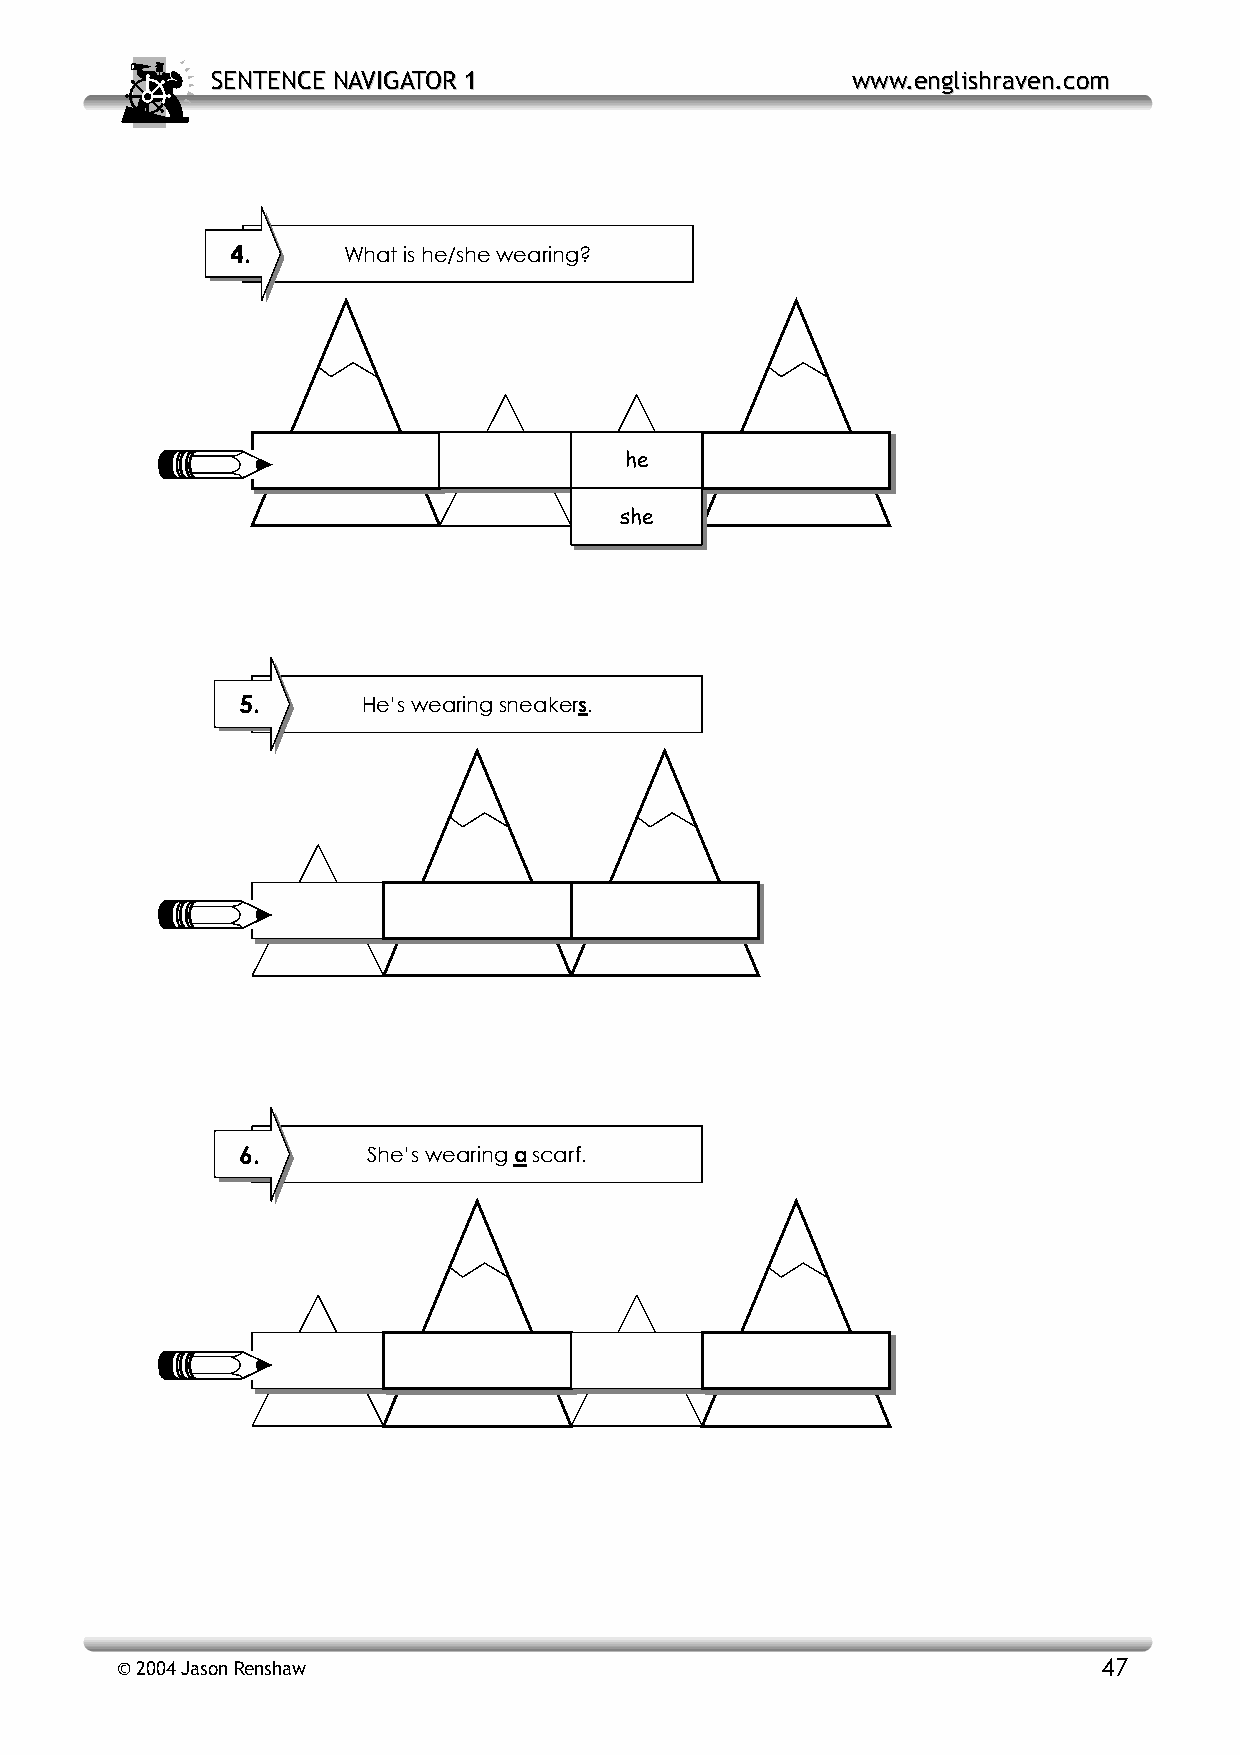
SSEENNTTEENNCCEE NNAAVVIIGGAATTOORR 11    wwwwww..eenngglliisshhrraavveenn..ccoomm
 4.      What is he/she wearing?
 he
 she
 5.      He’s wearing sneakers.
 6.      She’s wearing a scarf.
 © 2004 Jason Renshaw                                             47